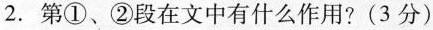
2. 第①、②段在文中有什么作用?(3分)